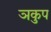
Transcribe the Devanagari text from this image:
ञकुप